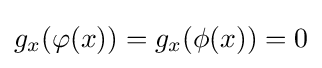
{\textstyle g_{x}(\varphi (x))=g_{x}(\phi (x))=0}